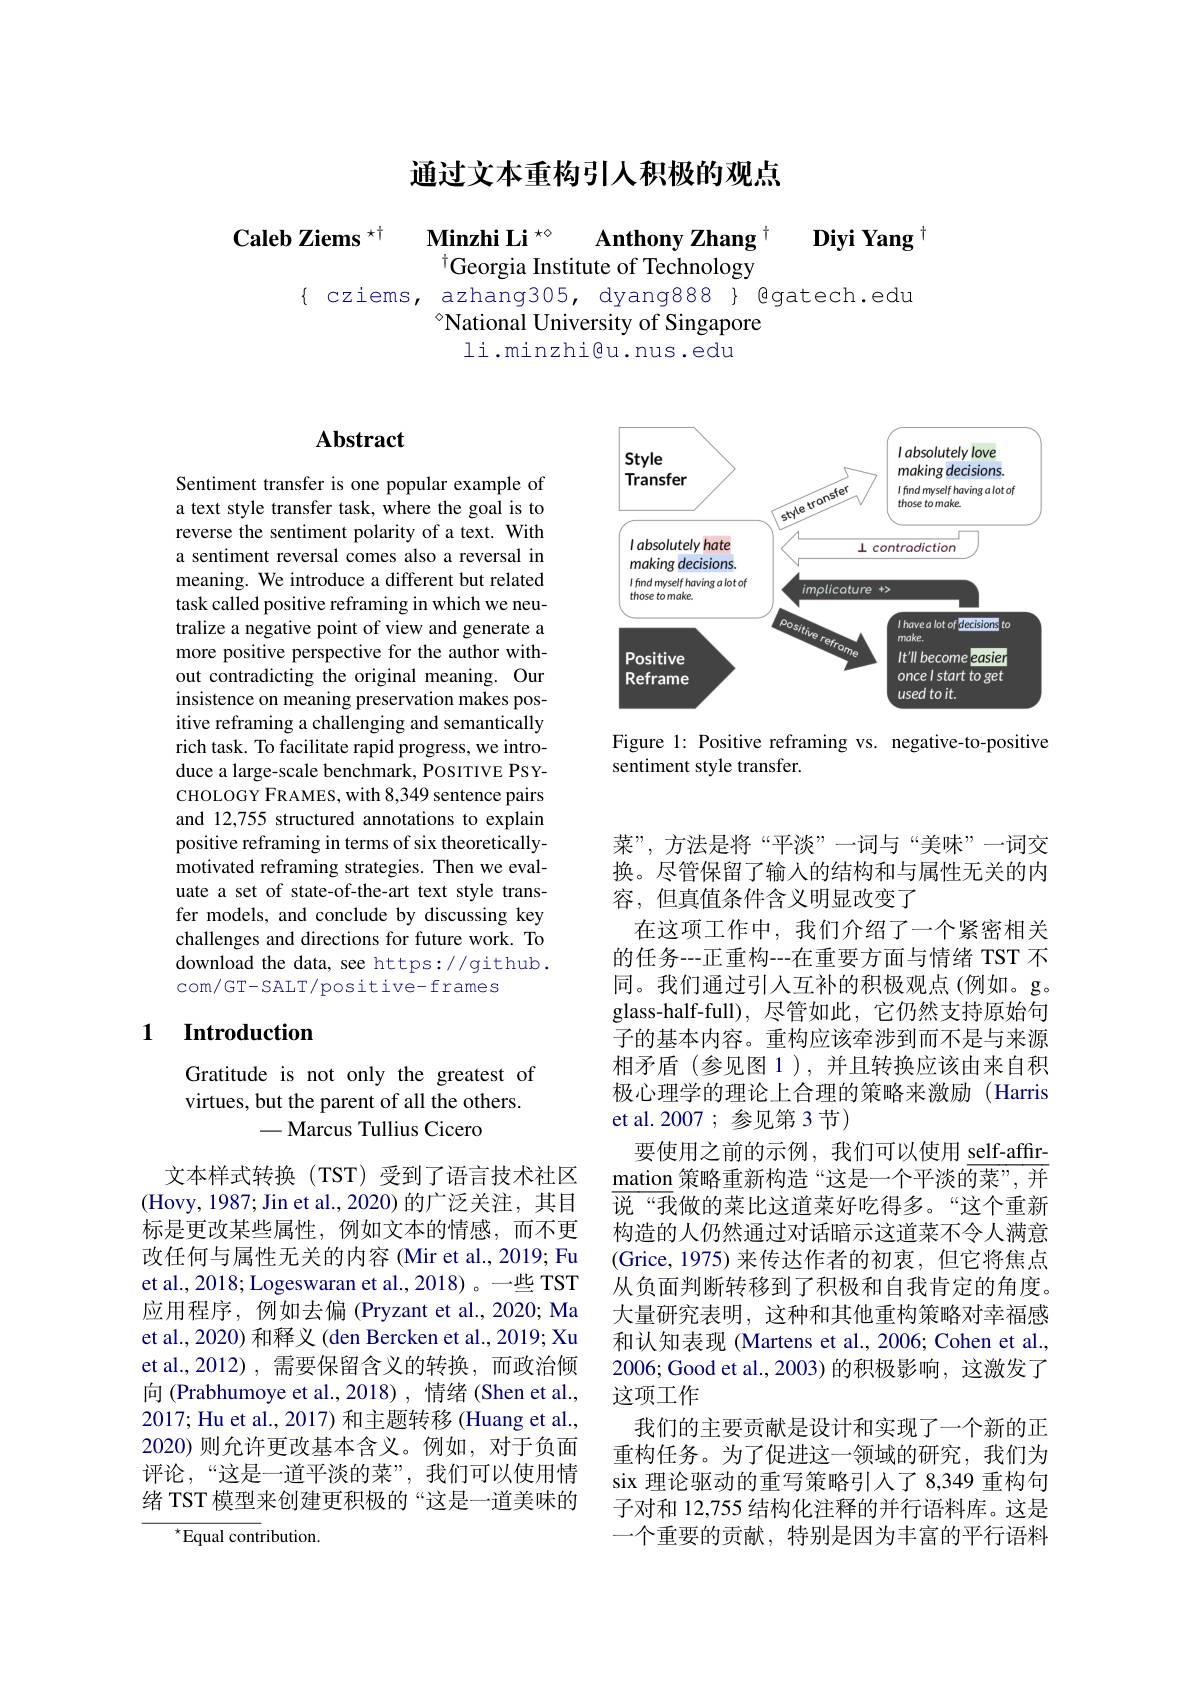
通过文本重构引人积极的观点

$\textbf{Caleb Ziems}^{\star \dagger }$ $\textbf{Minzhi Li }^{\star \diamond }$

$\textbf{Anthony Zhang}^{[\mathrm{m}]}$

$\textbf{Diyi Yang}$

$^{\dagger}$Georgia Institute of Technology

{ cziems, azhang305, dyang888} { @gatech.edu

$^{\diamond}$National University of Singapore

li.minzhi@u.nus.edu

## $\mathbf{Abstract}$

Sentiment transfer is one popular example of a text style transfer task, where the goal is to reverse the sentiment polarity of a text. With a sentiment reversal comes also a reversal in meaning. We introduce a different but related task called positive reframing in which we neutralize a negative point of view and generate a more positive perspective for the author without contradicting the original meaning. Our insistence on meaning preservation makes positive reframing a challenging and semantically rich task. To facilitate rapid progress, we introduce a large-scale benchmark, POSITIVE PSYCHOLOGY FRAMES, with 8,349 sentence pairs and 12,755 structured annotations to explain positive reframing in terms of six theoreticallymotivated reframing strategies. Then we evaluate a set of state-of-the-art text style transfer models, and conclude by discussing key challenges and directions for future work. To download the data, see https://github. com/GT-SALT/positive-frames

### 1 Introduction

Gratitude is not only the greatest of virtues, but the parent of all the others.
-Marcus Tullius Cicero

文本样式转换(TST)受到了语言技术社区(Hovy,1987;Jin et al.,2020)的广泛关注，其目标是更改某些属性，例如文本的情感，而不更改任何与属性无关的内容(Mir et al., 2019; Fu et al., 2018; Logeswaran et al., 2018)。一些 TST 应用程序，例如去偏(Pryzant et al., 2020; Ma et al., 2020) 和释义 (den Bercken et al., 2019; Xu et al.,2012),需要保留含义的转换，而政治倾向 (Prabhumoye et al., 2018), 情绪 (Shen et al. 2017; Hu et al., 2017) 和主题转移 (Huang et al., 2020)则允许更改基本含义。例如，对于负面评论，“这是一道平淡的菜”,我们可以使用情绪 TST 模型来创建更积极的“这是一道美味的
$^{\star}$Equal contribution.

<FigureHere>

Figure 1: Positive reframing vs. negative-to-positive
sentiment style transfer.

菜”,方法是将“平淡”一词与“美味”一词交换。尽管保留了输入的结构和与属性无关的内容，但真值条件含义明显改变了
在这项工作中，我们介绍了一个紧密相关的任务--正重构---在重要方面与情绪 TST 不同。我们通过引人互补的积极观点(例如。g。glass-half-full),尽管如此，它仍然支持原始句子的基本内容。重构应该牵涉到而不是与来源相矛盾(参见图1),并且转换应该由来自积极心理学的理论上合理的策略来激励(Harris et al.2007;参见第3节)
要使用之前的示例，我们可以使用 self-affirmation 策略重新构造“这是一个平淡的菜”,并说“我做的菜比这道菜好吃得多。“这个重新构造的人仍然通过对话暗示这道菜不令人满意(Grice,1975)来传达作者的初衷，但它将焦点从负面判断转移到了积极和自我肯定的角度。大量研究表明，这种和其他重构策略对幸福感和认知表现 (Martens et al., 2006; Cohen et al. 2006; Good et al., 2003) 的积极影响，这激发了这项工作
我们的主要贡献是设计和实现了一个新的正重构任务。为了促进这一领域的研究，我们为six 理论驱动的重写策略引入了 8,349 重构句子对和 12,755 结构化注释的并行语料库。这是一个重要的贡献，特别是因为丰富的平行语料